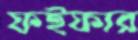
ফইফার